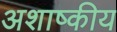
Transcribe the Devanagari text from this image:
अशाष्कीय